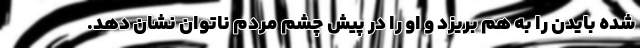
شده بایدن را به هم بریزد و او را در پیش چشم مردم ناتوان نشان دهد.